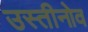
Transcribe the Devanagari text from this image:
उस्तीनोव